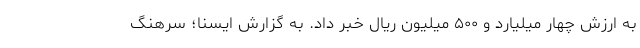
به ارزش چهار میلیارد و ۵۰۰ میلیون ریال خبر داد. به گزارش ایسنا؛ سرهنگ